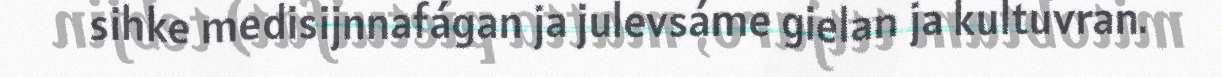
sihke medisijnnafágan ja julevsáme gielan ja kultuvran.